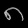
Digit: ၈